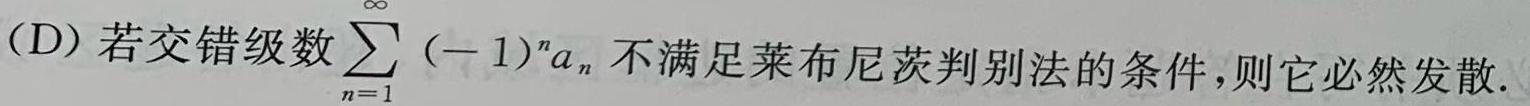
(D) 若交错级数$\sum_{n = 1}^{\infty} (-1)^{n}a_{n}$不满足莱布尼茨判别法的条件,则它必然发散.